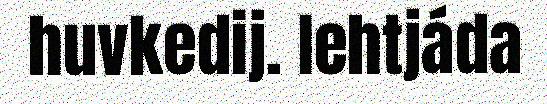
huvkedij. Iehtjáda